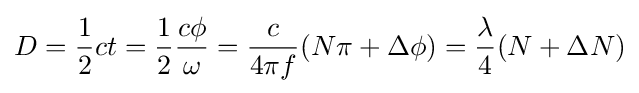
D={\frac {1}{2}}ct={\frac {1}{2}}{\frac {c\phi }{\omega }}={\frac {c}{4\pi f}}(N\pi +\Delta \phi )={\frac {\lambda }{4}}(N+\Delta N)